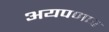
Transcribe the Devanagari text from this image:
अयपणार